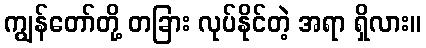
ကျွန်တော်တို့ တခြား လုပ်နိုင်တဲ့ အရာ ရှိလား။